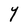
Character: Y